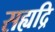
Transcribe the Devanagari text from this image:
सह्यद्रि